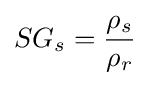
SG_{s}={\frac {\rho _{s}}{\rho _{r}}}